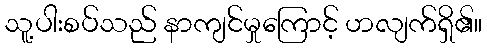
သူ့ပါးစပ်သည် နာကျင်မှုကြောင့် ဟလျက်ရှိ၏။